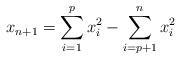
LaTeX: \begin{align*} x_{n+1}=\sum_{i=1}^p x_i^2 - \sum_{i=p+1}^n x_i^2 \end{align*}